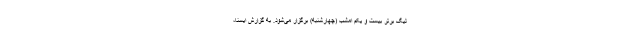
لیگ برتر بیست و یکم امشب (چهارشنبه) برگزار می‌شود. به گزارش ایسنا،